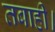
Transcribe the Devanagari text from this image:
तबाही।